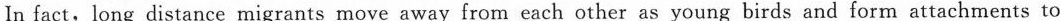
In fact, long distance migrants move away from each other as young birds and form attachments to